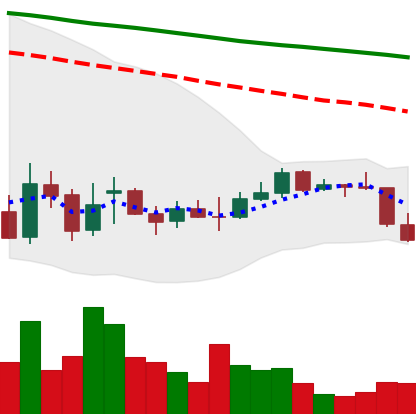
Ticker: EOS-USD
Chart end date: 2021-12-29
Forward return: 5.391%
Label: up_5_7